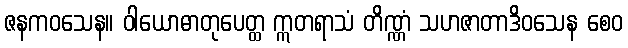
ဇနကဝသေန။ ဝါယောဓာတုပေတ္ထ ဣတရာသံ တိဏ္ဏံ သဟဇာတာဒိဝသေန စေဝ